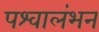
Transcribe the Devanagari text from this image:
पश्वालंभन